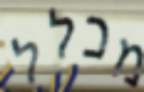
מכלל